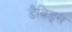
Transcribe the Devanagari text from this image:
डैविड्स